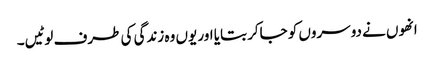
انھوں نے دوسروں کو جاکر بتایا اور یوں وہ زندگی کی طرف لوٹیں۔